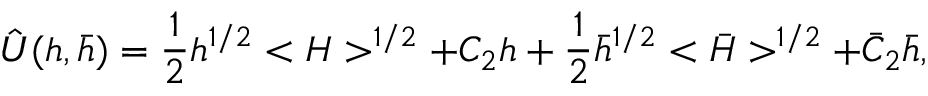
\hat { U } ( h , \bar { h } ) = { \frac { 1 } { 2 } } h ^ { 1 / 2 } < H > ^ { 1 / 2 } + C _ { 2 } h + { \frac { 1 } { 2 } } \bar { h } ^ { 1 / 2 } < \bar { H } > ^ { 1 / 2 } + \bar { C } _ { 2 } \bar { h } ,